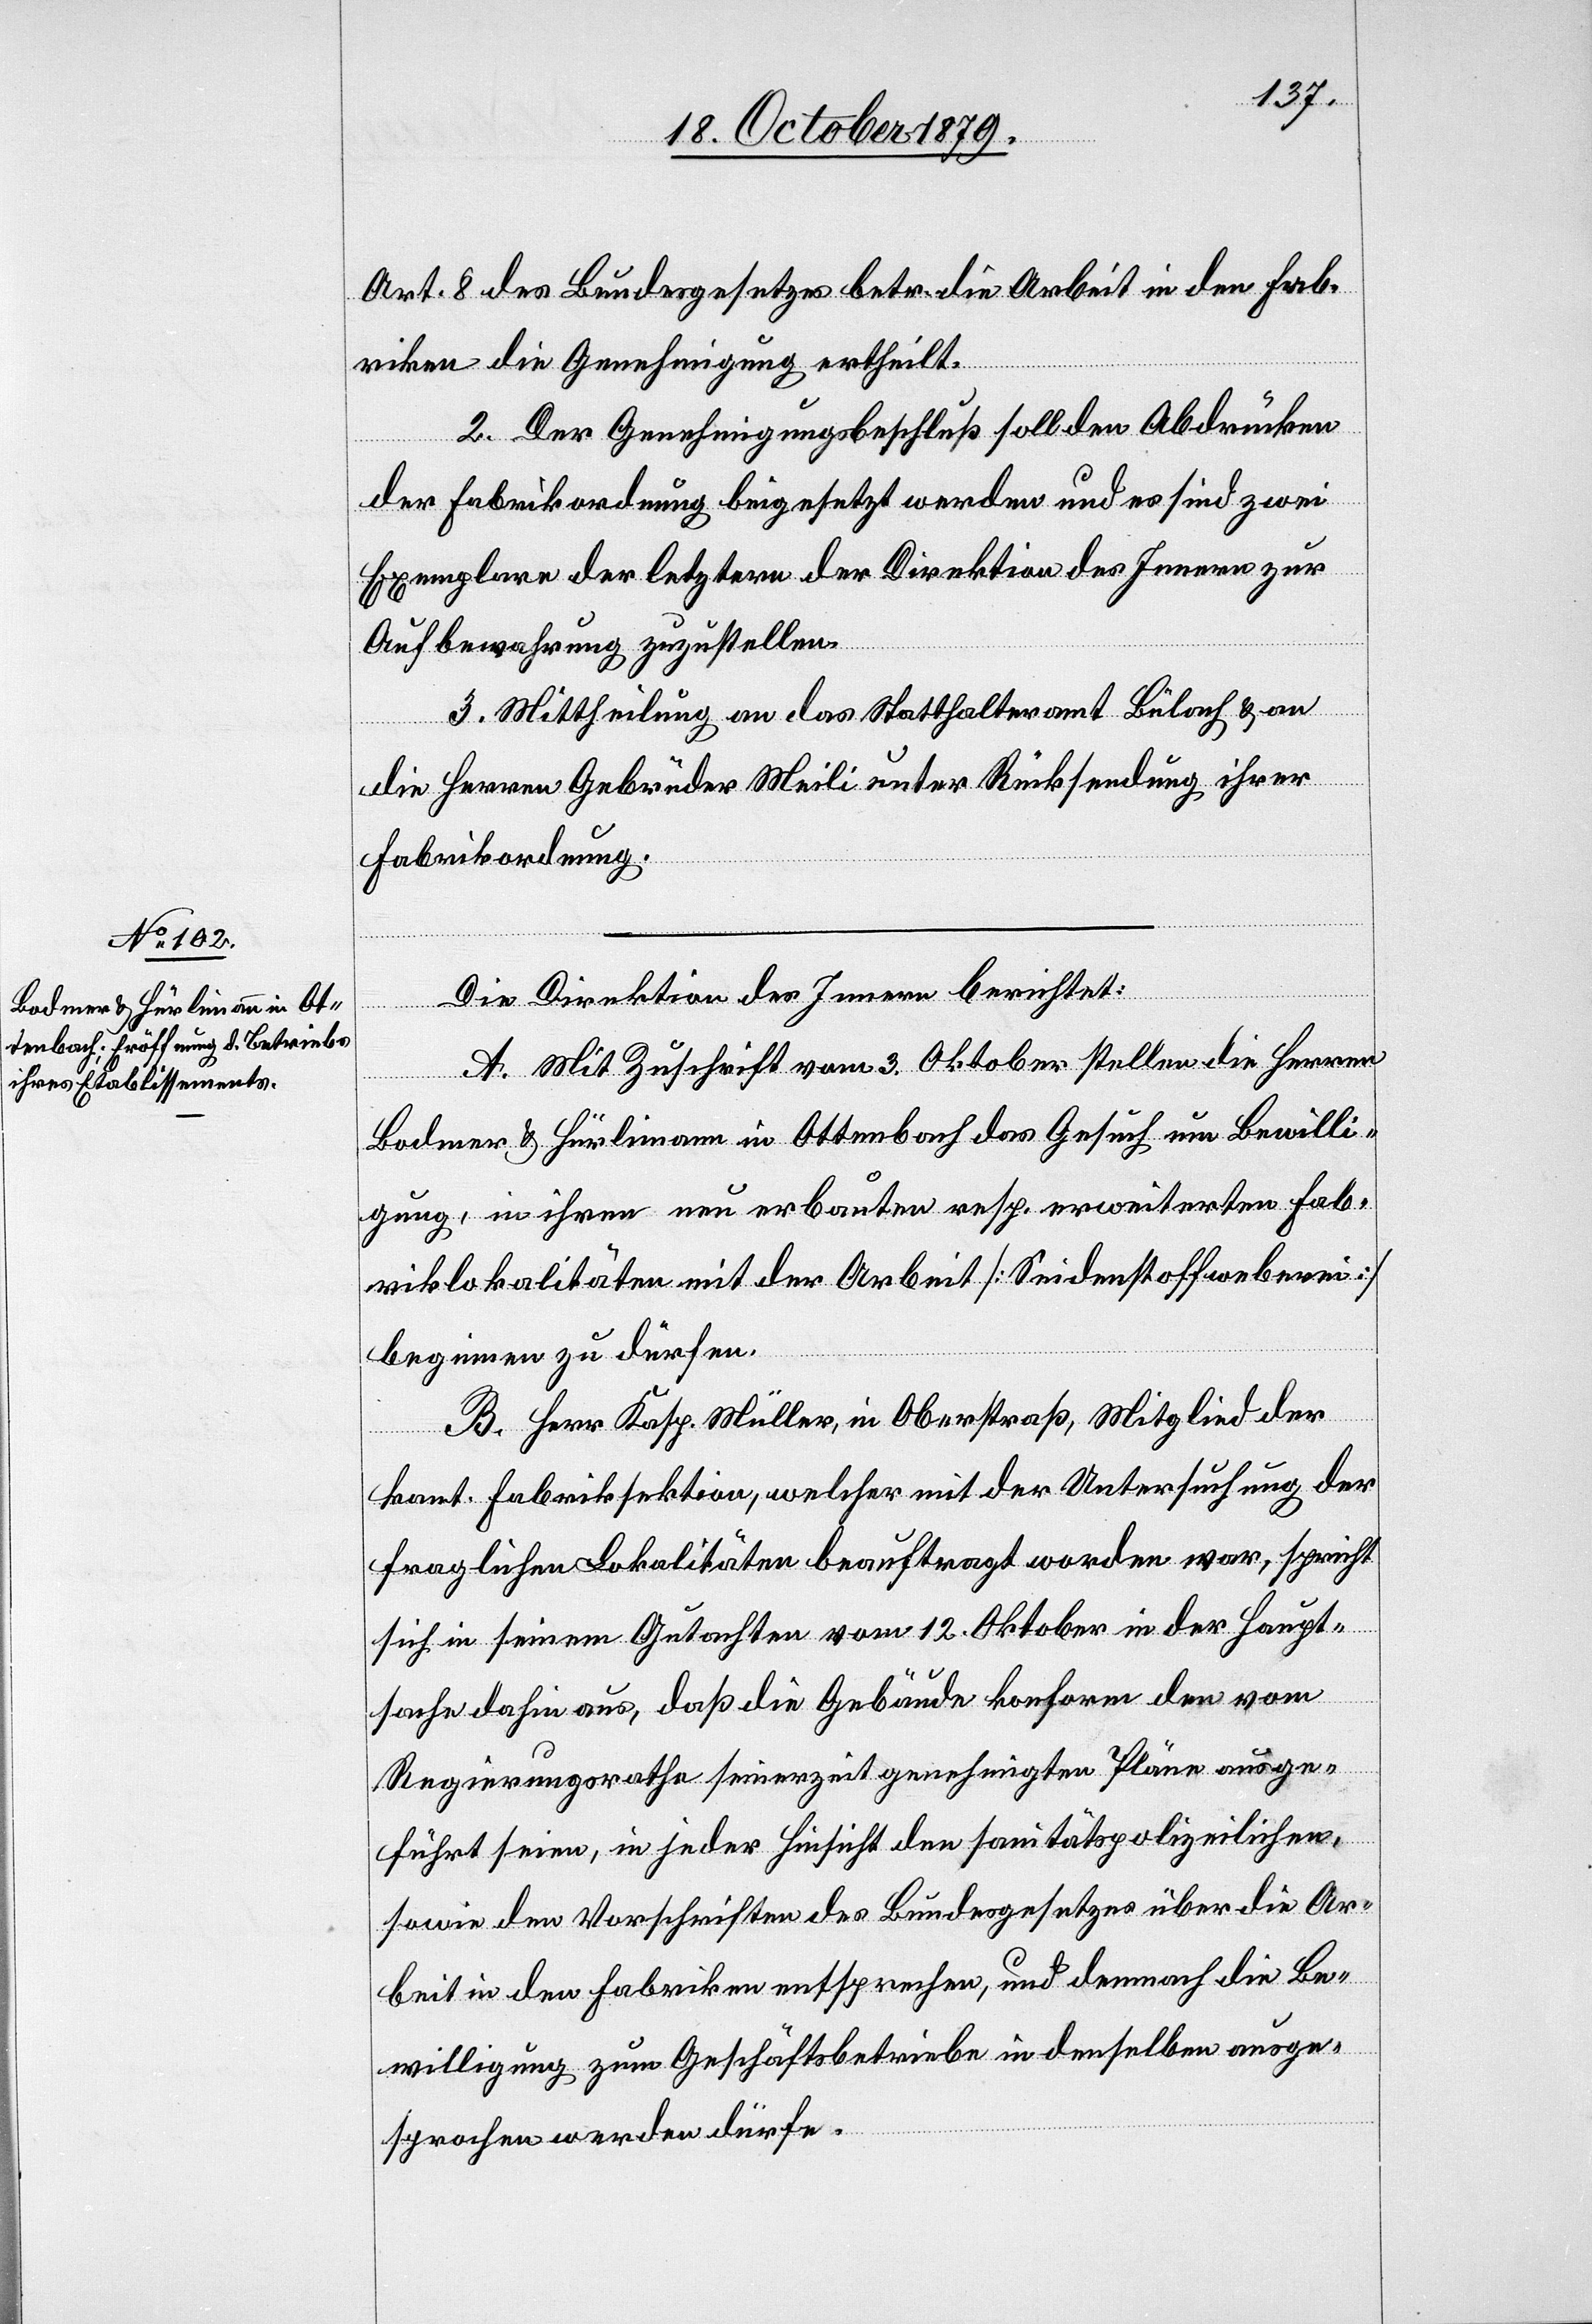
Art. 8 des Bundesgesetzes betr. die Arbeit in den Fab¬
riken die Genehmigung ertheilt.
2. Der Genehmigungsbeschluß soll den Abdrucken
der Fabrikordnung beigesetzt werden und es sind zwei
Exemplare der letztern der Direktion des Innern zur
Aufbewahrung zuzustellen.
3. Mittheilung an das Statthalteramt Bülach & an
die Herren Gebrüder Meili unter Rücksendung ihrer
Fabrikordnung[.]
Die Direktion des Innern berichtet:
A. Mit Zuschrift vom 3. Oktober stellen die Herren
Bodmer & Hürlimann in Ottenbach das Gesuch um Bewilli¬
gung, in ihren neu erbauten resp. erweiterten Fab¬
riklokalitäten mit der Arbeit [Seidenstoffweberei]
beginnen zu dürfen.
B. Herr Kasp. Müller, Oberstraß, Mitglied der
kant. Fabriksektion, welcher mit der Untersuchung der
fraglichen Lokalitäten beauftragt worden war, spricht
sich in seinem Gutachten vom 12. Oktober in der Haupt¬
sache dahin aus daß die Gebäude konform den vom
Regierungsrathe seinerzeit genehmigten Pläne ausge¬
führt seien, in jeder Hinsicht den sanitätspolizeilichen,
sowie den Vorschriften des Bundesgesetzes über die Ar¬
beit in den Fabriken entsprechen, und demnach die Be¬
willigung zum Geschäftsbetriebe in denselben ausge¬
sprochen werden dürfe.